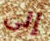
إلى